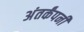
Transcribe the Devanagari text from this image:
अंतर्कंपनी